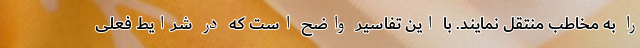
را به مخاطب منتقل نمایند. با این تفاسیر واضح است که در شرایط فعلی